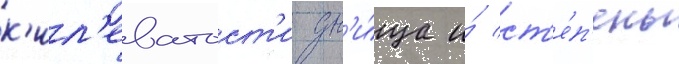
к'ил'еватост'и дн'и́ща и́ ст'е́п'ень